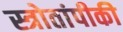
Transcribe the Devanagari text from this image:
स्त्रोतांपीकी